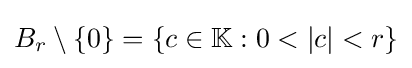
B_{r}\setminus \{0\}=\{c\in \mathbb {K} :0<|c|<r\}